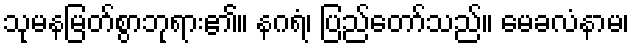
သုမနမြတ်စွာဘုရား၏။ နဂရံ၊ ပြည်တော်သည်။ မေခလံနာမ၊